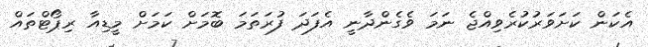
އެކަން ކަށަވަރުކުރެވިއްޖެ ނަމަ ވެގެންދާނީ އެފަދަ ފުރަތަމަ ބޮމަށް ކަމަށް މީޑިއާ ރިޕޯޓްތައް